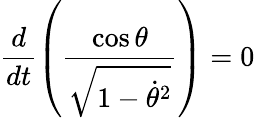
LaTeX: \frac{d}{dt}\left(\frac{\cos\theta}{\sqrt{1-\dot{\theta}^{2}}}\right)=0